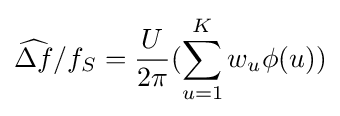
{\widehat {\Delta f}}/f_{S}={\frac {U}{2\pi }}(\sum _{u=1}^{K}{w_{u}\phi (u)})